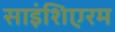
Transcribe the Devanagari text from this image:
साइंशिएरम